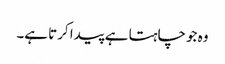
وہ جو چاہتا ہے پیدا کرتا ہے۔